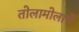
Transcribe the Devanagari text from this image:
तोलामोलाचे